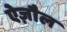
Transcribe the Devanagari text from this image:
ऐज़ौल